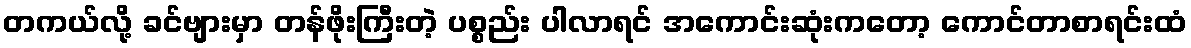
တကယ်လို့ ခင်ဗျားမှာ တန်ဖိုးကြီးတဲ့ ပစ္စည်း ပါလာရင် အကောင်းဆုံးကတော့ ကောင်တာစာရင်းထံ